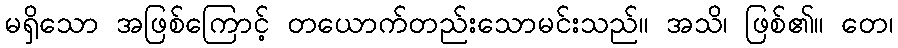
မရှိသော အဖြစ်ကြောင့် တယောက်တည်းသောမင်းသည်။ အသိ၊ ဖြစ်၏။ တေ၊